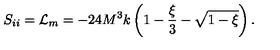
S _ { i i } = { \cal L } _ { m } = - 2 4 M ^ { 3 } k \left( 1 - \frac { \xi } { 3 } - \sqrt { 1 - \xi } \right) .